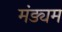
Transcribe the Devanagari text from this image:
मंड्यम